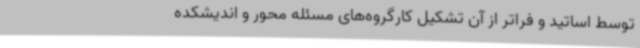
توسط اساتید و فراتر از آن تشکیل کارگروه‌های مسئله محور و اندیشکده